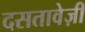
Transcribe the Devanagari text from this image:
दसतावेज़ी